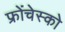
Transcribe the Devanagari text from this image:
फ्रोंचेस्को